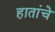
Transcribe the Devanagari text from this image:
हातांचे